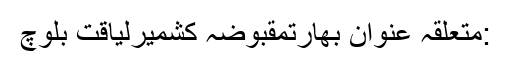
:متعلقہ عنوان بھارتمقبوضہ کشمیرلیاقت بلوچ